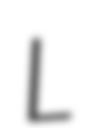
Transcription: L